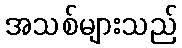
အသစ်များသည်